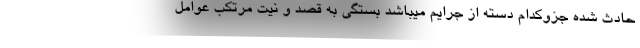
حادث شده جزوکدام دسته از جرایم میباشد بستگی به قصد و نیت مرتکب عوامل